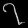
Digit: ၇